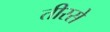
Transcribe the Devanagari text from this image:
तीरसे